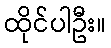
ထိုင်ပါဦး။